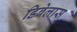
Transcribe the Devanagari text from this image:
डिबेलास